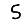
Digit: 5